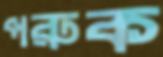
পরুক